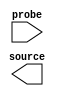
module test_probe (
		output wire [0:0]   source, // sources.source
		input  wire [510:0] probe   //  probes.probe
	);
endmodule